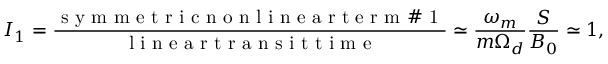
I _ { 1 } = \frac { \mathrm { ~ s ~ y ~ m ~ m ~ e ~ t ~ r ~ i ~ c ~ n ~ o ~ n ~ l ~ i ~ n ~ e ~ a ~ r ~ t ~ e ~ r ~ m ~ \# ~ 1 ~ } } { \mathrm { ~ l ~ i ~ n ~ e ~ a ~ r ~ t ~ r ~ a ~ n ~ s ~ i ~ t ~ t ~ i ~ m ~ e ~ } } \simeq \frac { \omega _ { m } } { m \Omega _ { d } } \frac { S } { B _ { 0 } } \simeq 1 ,